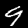
Label: 9